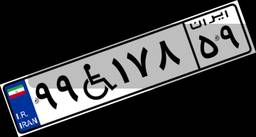
۹۹W۱۷۸۵۹